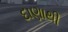
દાણાથી